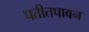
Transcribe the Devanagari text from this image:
पतीतपावन